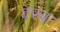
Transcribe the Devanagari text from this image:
क्स्बा